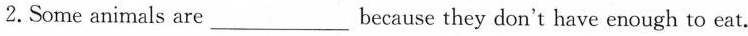
2.Some animals are___because they don't have enough to eat.